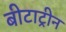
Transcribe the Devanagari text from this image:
बीटाट्रीन